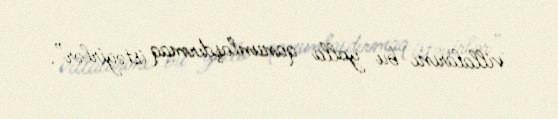
villalarını bu yolla qanunlaşdırmaq istəyirlər”.